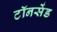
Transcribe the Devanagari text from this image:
टॉनसेंड